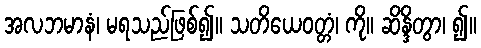
အလဘမာနံ၊ မရသည်ဖြစ်၍။ သတိယေဝတ္တံ၊ ကို။ ဆိန္ဒိတွာ၊ ၍။